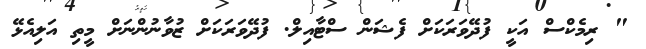
" ރިމެކްސް އަކީ ފުދޭވަރަކަށް ފެޝަން ސްޓާއިލް. ފުދޭވަރަކަށް ޒުވާނުންނަށް މީތި އަލިއެޅޭ